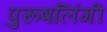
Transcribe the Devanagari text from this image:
पुरूषलिंगी